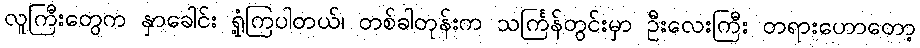
လူကြီးတွေက နှာခေါင်း ရှုံ့ကြပါတယ်၊ တစ်ခါတုန်းက သင်္ကြန်တွင်းမှာ ဦးလေးကြီး တရားဟောတော့